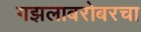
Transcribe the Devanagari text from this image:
गझलाबरोबरचा